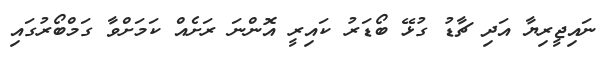
ނައިޖީރިޔާ އަދި ޗާޑު ގުޅޭ ބޯޑަރު ކައިރީ އޮންނަ ރަށެއް ކަމަށްވާ ގަމްބޯރުގައި